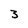
Character: 3